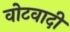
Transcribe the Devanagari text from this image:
वोटवादी